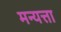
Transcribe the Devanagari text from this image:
मन्यत्ता